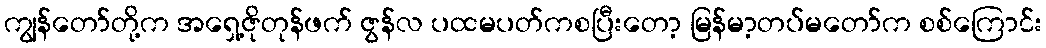
ကျွန်တော်တို့က အရှေ့ဇိုတုန်ဖက် ဇွန်လ ပထမပတ်ကစပြီးတော့ မြန်မာ့တပ်မတော်က စစ်ကြောင်း